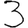
Digit: 3